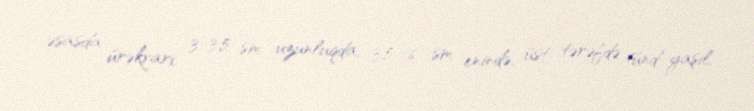
əsasda ürəkvari, 3-3,5 sm uzunluqda, 3,5 -6 sm enində, üst tərəfdə tünd–yaşıl,